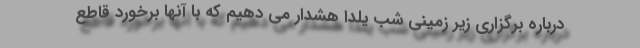
درباره برگزاری زیر زمینی شب یلدا هشدار می دهیم که با آنها برخورد قاطع